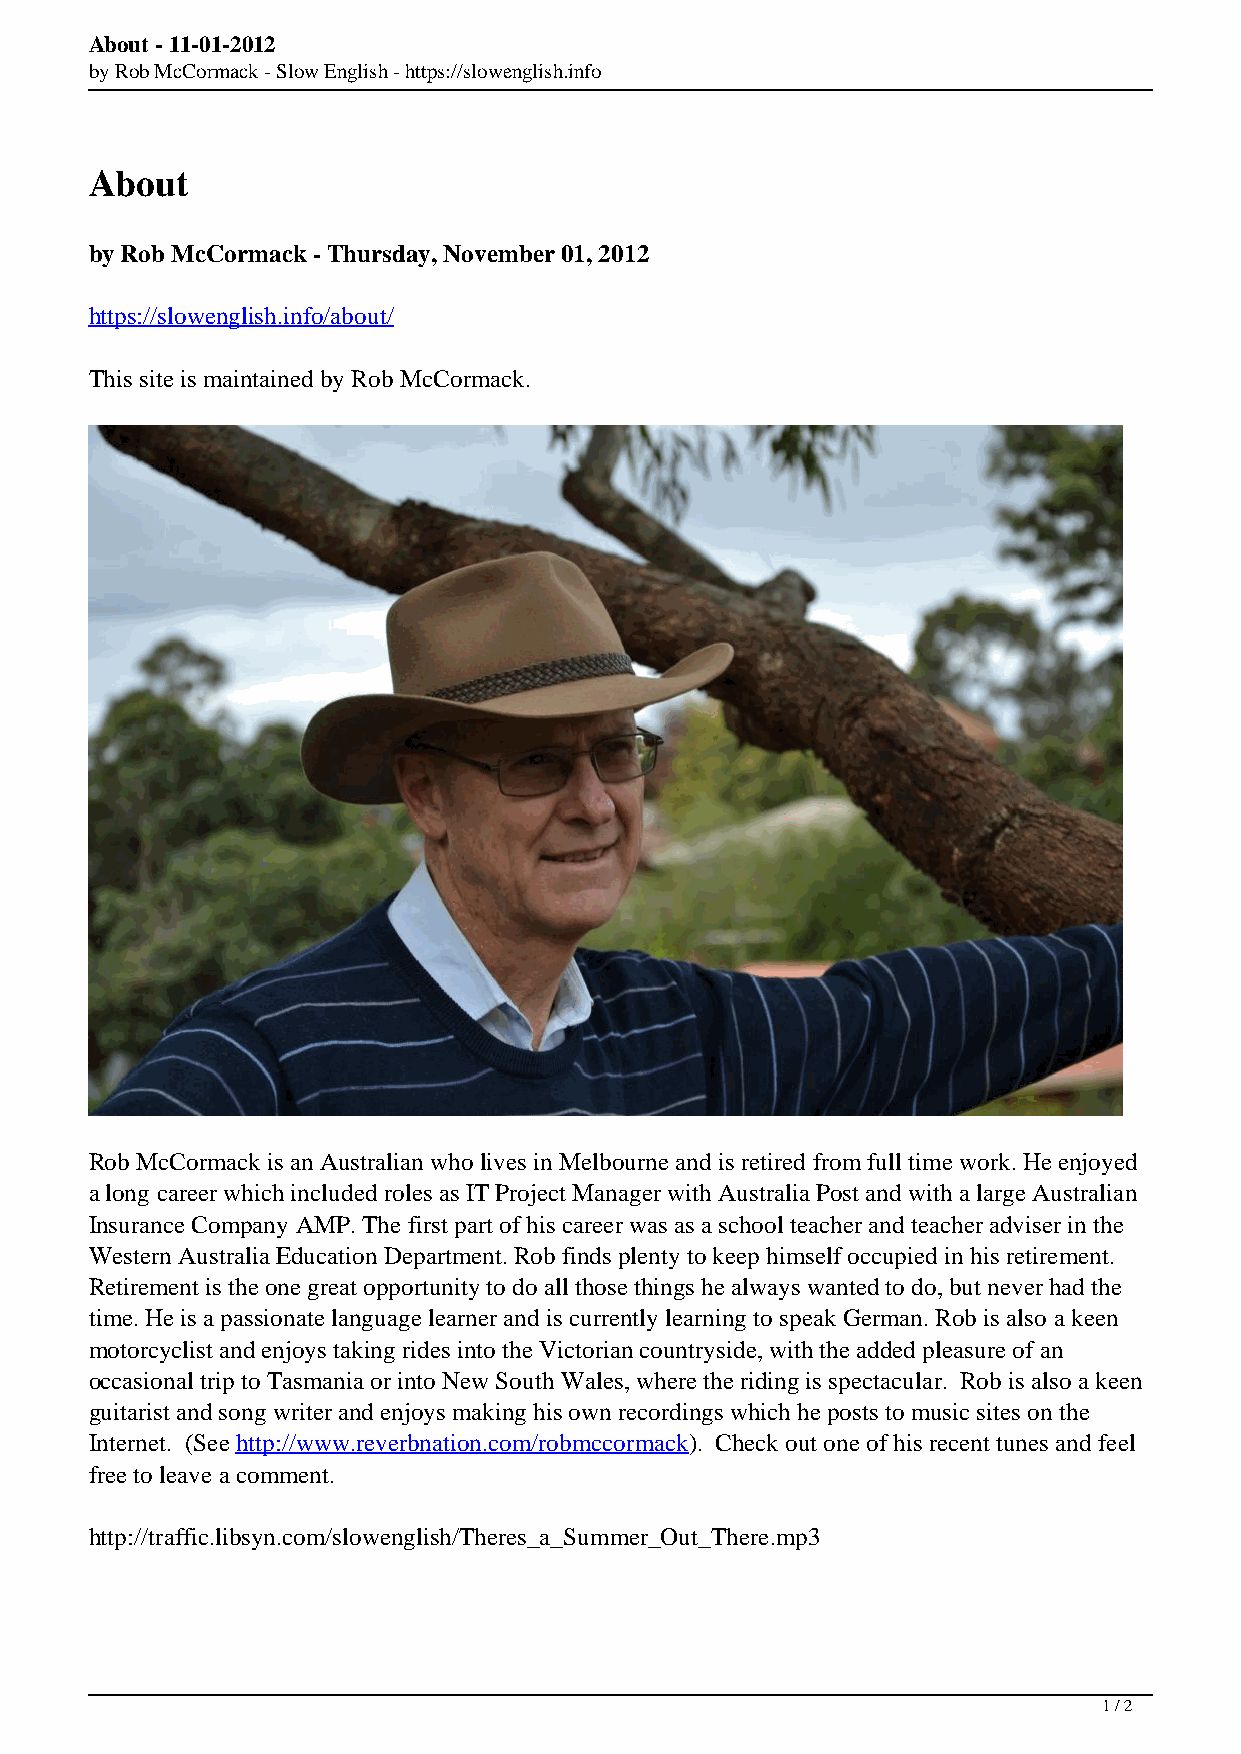
About - 11-01-2012
 by Rob McCormack - Slow English - https://slowenglish.info
 About
 by Rob McCormack - Thursday, November 01, 2012
 https://slowenglish.info/about/
 This site is maintained by Rob McCormack.
 Rob McCormack is an Australian who lives in Melbourne and is retired from full time work. He enjoyed
 a long career which included roles as IT Project Manager with Australia Post and with a large Australian
 Insurance Company AMP. The first part of his career was as a school teacher and teacher adviser in the
 Western Australia Education Department. Rob finds plenty to keep himself occupied in his retirement.
 Retirement is the one great opportunity to do all those things he always wanted to do, but never had the
 time. He is a passionate language learner and is currently learning to speak German. Rob is also a keen
 motorcyclist and enjoys taking rides into the Victorian countryside, with the added pleasure of an
 occasional trip to Tasmania or into New South Wales, where the riding is spectacular. Rob is also a keen
 guitarist and song writer and enjoys making his own recordings which he posts to music sites on the
 Internet. (See http://www.reverbnation.com/robmccormack). Check out one of his recent tunes and feel
 free to leave a comment.
 http://traffic.libsyn.com/slowenglish/Theres_a_Summer_Out_There.mp3
 1 / 2